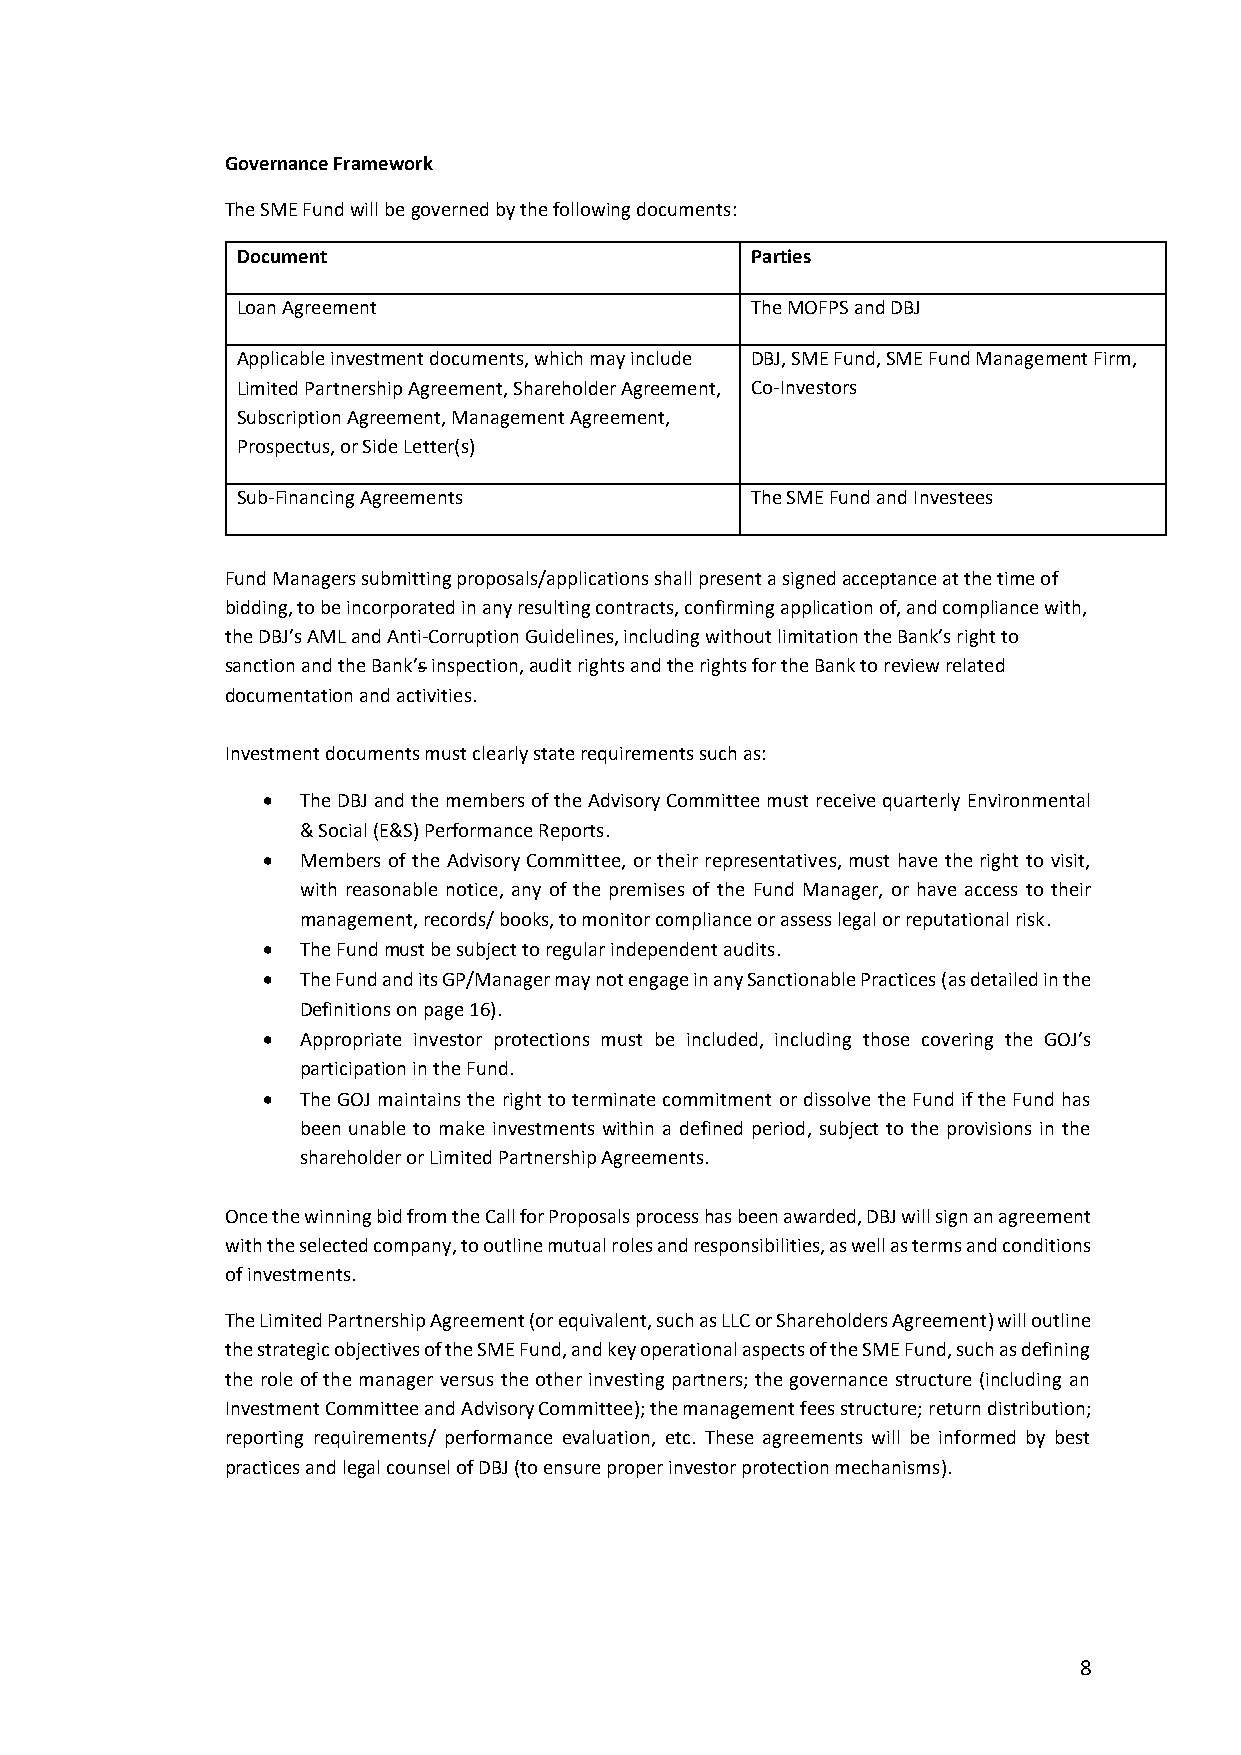
Governance Framework
 The SME Fund will be governed by the following documents:
 Document                          Parties
 Loan Agreement                    The MOFPS and DBJ
 Applicable investment documents, which may include DBJ, SME Fund, SME Fund Management Firm,
 Limited Partnership Agreement, Shareholder Agreement, Co-Investors
 Subscription Agreement, Management Agreement,
 Prospectus, or Side Letter(s)
 Sub-Financing Agreements          The SME Fund and Investees
 Fund Managers submitting proposals/applications shall present a signed acceptance at the time of
 bidding, to be incorporated in any resulting contracts, confirming application of, and compliance with,
 the DBJ’s AML and Anti-Corruption Guidelines, including without limitation the Bank’s right to
 sanction and the Bank’s inspection, audit rights and the rights for the Bank to review related
 documentation and activities.
 Investment documents must clearly state requirements such as:
 •  The DBJ and the members of the Advisory Committee must receive quarterly Environmental
 & Social (E&S) Performance Reports.
 •  Members of the Advisory Committee, or their representatives, must have the right to visit,
 with reasonable notice, any of the premises of the Fund Manager, or have access to their
 management, records/ books, to monitor compliance or assess legal or reputational risk.
 •  The Fund must be subject to regular independent audits.
 •  The Fund and its GP/Manager may not engage in any Sanctionable Practices (as detailed in the
 Definitions on page 16).
 •  Appropriate investor protections must be included, including those covering the GOJ’s
 participation in the Fund.
 •  The GOJ maintains the right to terminate commitment or dissolve the Fund if the Fund has
 been unable to make investments within a defined period, subject to the provisions in the
 shareholder or Limited Partnership Agreements.
 Once the winning bid from the Call for Proposals process has been awarded, DBJ will sign an agreement
 with the selected company, to outline mutual roles and responsibilities, as well as terms and conditions
 of investments.
 The Limited Partnership Agreement (or equivalent, such as LLC or Shareholders Agreement) will outline
 the strategic objectives of the SME Fund, and key operational aspects of the SME Fund, such as defining
 the role of the manager versus the other investing partners; the governance structure (including an
 Investment Committee and Advisory Committee); the management fees structure; return distribution;
 reporting requirements/ performance evaluation, etc. These agreements will be informed by best
 practices and legal counsel of DBJ (to ensure proper investor protection mechanisms).
 8